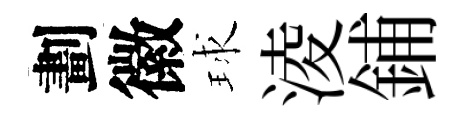
劃徽球淩鋪